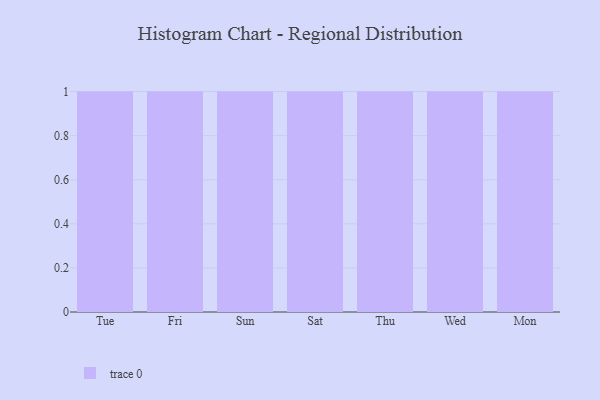
{"axis": {"x": "Day", "y": "Energy Usage (MWh)"}, "legend": [""], "data": [{"x": "Tue", "y": 30, "type": ""}, {"x": "Fri", "y": 39, "type": ""}, {"x": "Sun", "y": 6, "type": ""}, {"x": "Sat", "y": 72, "type": ""}, {"x": "Thu", "y": 36, "type": ""}, {"x": "Wed", "y": 52, "type": ""}, {"x": "Mon", "y": 3, "type": ""}]}